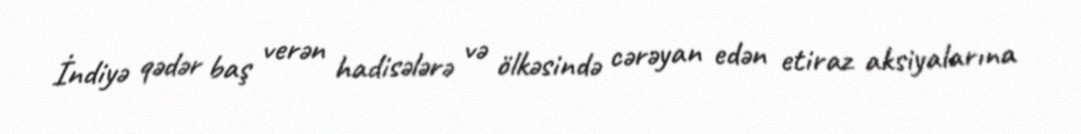
İndiyə qədər baş verən hadisələrə və ölkəsində cərəyan edən etiraz aksiyalarına